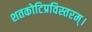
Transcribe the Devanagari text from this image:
शतकोटिप्रविस्तरम्‌।